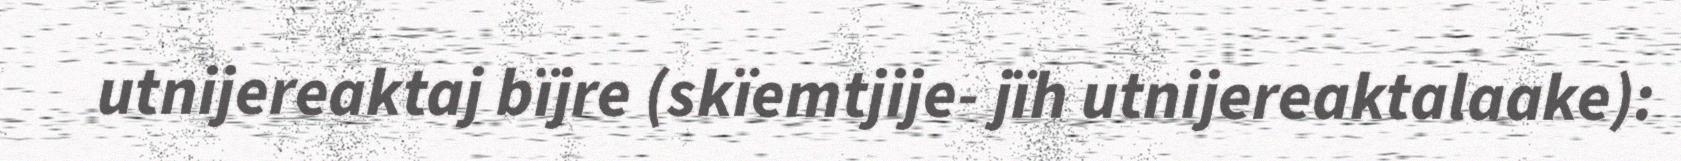
utnijereaktaj bïjre (skïemtjije- jïh utnijereaktalaake):